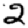
Digit: 2